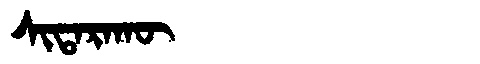
Manchu: ᠰᡳᡨᠠᡵᠠᡴᡡ
Romanization: SITARAKŪ